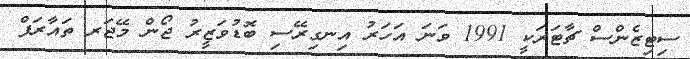
ސިޓިޒެންސް ޗާޓަރަކީ 1991 ވަނަ އަހަރު އިނގިރޭސި ބޮޑުވަޒީރު ޖޯން މޭޖަރ ތައާރަފް